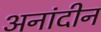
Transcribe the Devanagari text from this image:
अनांदीन